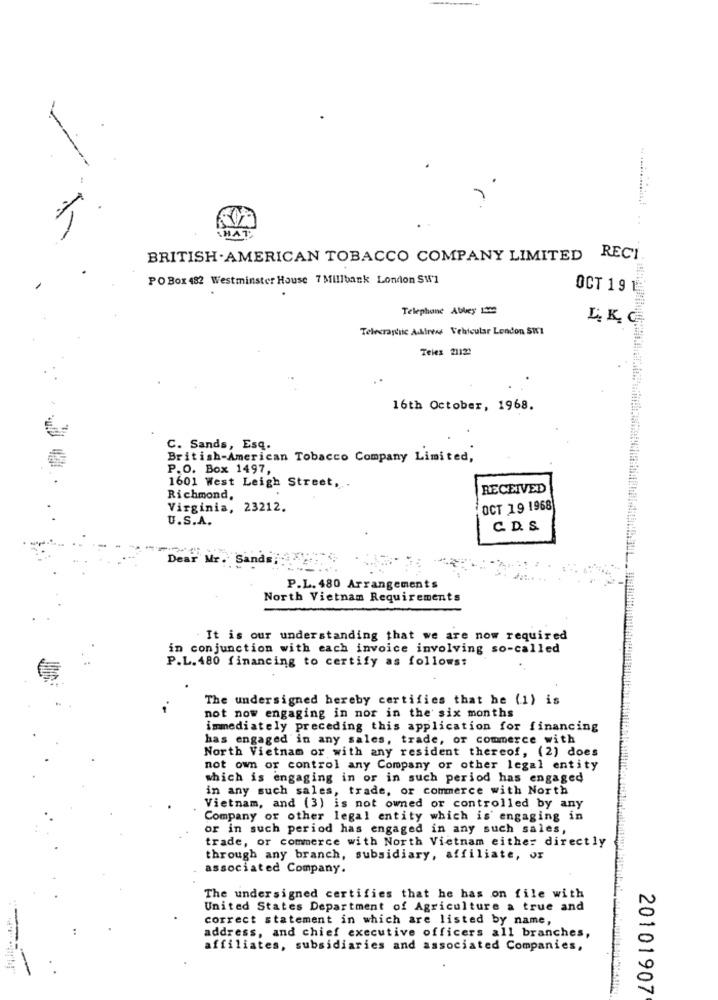
-
15
THAT
BRITISH . AMERICAN TOBACCO COMPANY LIMITED RECI.
PO Box 482 Westminster House 7 Millbank London SW1
OCT 19 1
Telephone Abbey 1200
L. K. C
Telecraydic A.kinews Vehicular London SW1
Teles 2112:
16th October, 1968.
C. Sands, Esq.
British-American Tobacco Company Limited,
P.O. Box 1497,
1601 West Leigh Street ,.
RECEIVED
Richmond,
Virginia, 23212.
OCT 19 1968
U.S.A.
C.D.S
Dear Mr. Sands
P.L. 480 Arrangements
North Vietnam Requirements
It is our understanding that we are now required
in conjunction with each invoice involving so-called
P.L.480 financing to certify as follows:
The undersigned hereby certifies that he (1) is
not now engaging in nor in the six months
immediately preceding this application for financing
has engaged in any sales, trade, of commerce with
North Vietnam or with any resident thereof, (2) does
not own or control any Company or other legal entity
which is engaging in or in such period has engaged
in any such sales, trade, or commerce with North
Vietnam, and (3) is not owned or controlled by any
Company or other legal entity which is' engaging in
or in such period has engaged in any such sales,
trade, or commerce with North Vietnam either directly
through any branch, subsidiary, affiliate, OF
associated Company.
The undersigned certifies that he has on file with
United States Department of Agriculture a true and
correct statement in which are listed by name,
address, and chief executive officers all branches,
affiliates, subsidiaries and associated Companies,
20101907